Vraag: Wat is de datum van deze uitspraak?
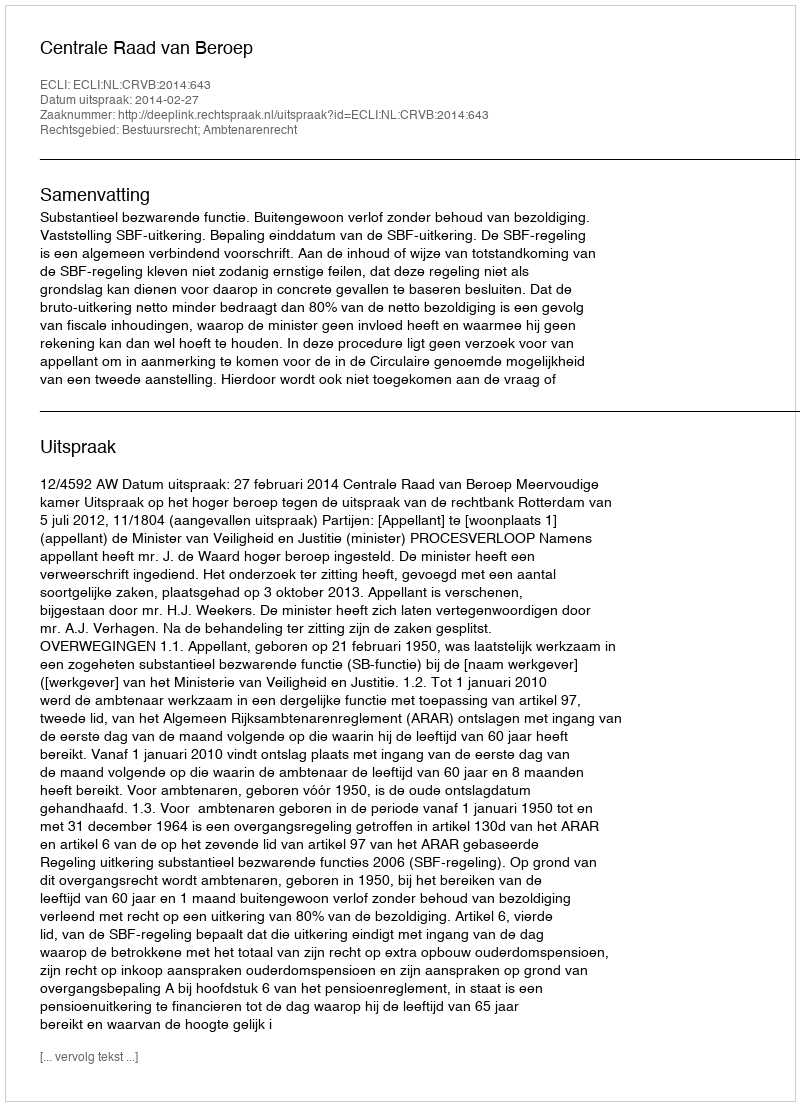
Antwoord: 2014-02-27